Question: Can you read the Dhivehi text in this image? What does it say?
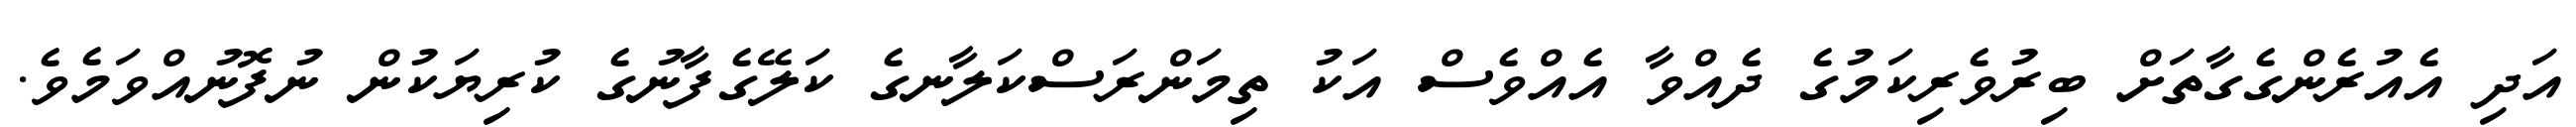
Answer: އަދި އެއުރެންގެގާތަށް ބިރުވެރިކަމުގެ ދެއްވާ އެއްވެސް އަކު ތިމަންރަސްކަލާނގެ ކަލޭގެފާނުގެ ކުރިޔަކުން ނުފޮނުއްވަމެވެ.